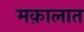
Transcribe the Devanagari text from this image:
मक़ालात